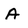
Character: A